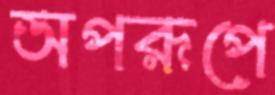
অপরূপে